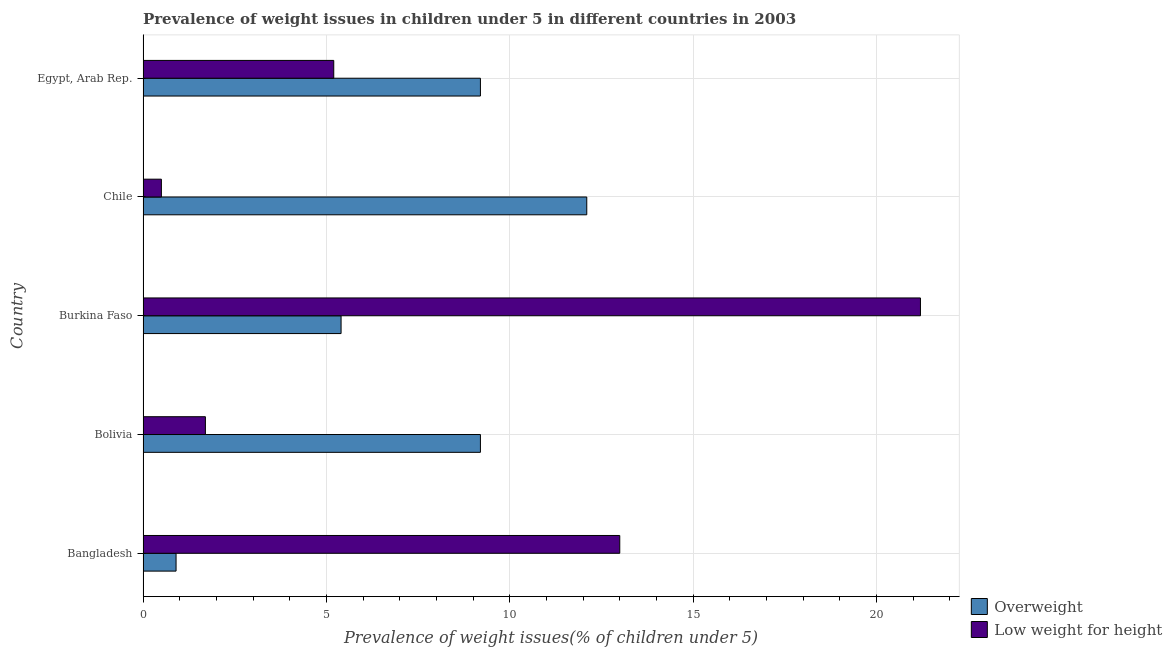
| Country | Overweight | Low weight for height |
 | --- | --- | --- |
 | Bangladesh | 0.9 | 13 |
 | Bolivia | 9.2 | 1.7 |
 | Burkina Faso | 5.4 | 21.2 |
 | Chile | 12.1 | 0.5 |
 | Egypt, Arab Rep. | 9.2 | 5.2 |